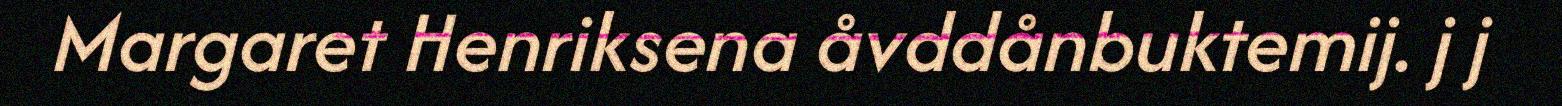
Margaret Henriksena åvddånbuktemij. j j